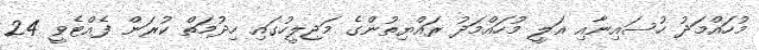
މުހައްމަދު ހުސައިނާއި އަލީ މުހައްމަދު ރައްޔިތުންގެ މަޖިލީހުގައި ހިދުމަތް ކުރަން ފެއްޓެވީ 24